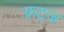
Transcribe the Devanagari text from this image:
फ्रट्ज़